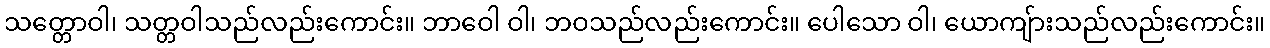
သတ္တောဝါ၊ သတ္တဝါသည်လည်းကောင်း။ ဘာဝေါ ဝါ၊ ဘဝသည်လည်းကောင်း။ ပေါသော ဝါ၊ ယောကျ်ားသည်လည်းကောင်း။